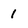
Character: 1